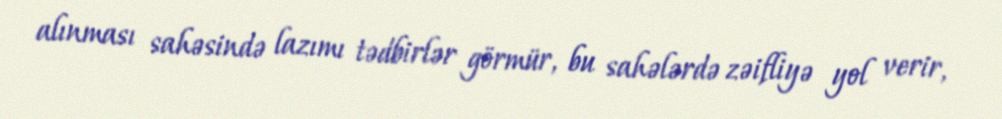
alınması sahəsində lazımı tədbirlər görmür, bu sahələrdə zəifliyə yol verir,